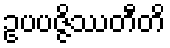
ဥပပဇ္ဇိဿတီတိ